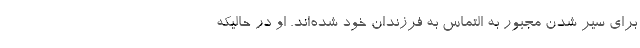
برای سیر شدن مجبور به التماس به فرزندان خود شده‌اند. او در حالیکه